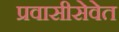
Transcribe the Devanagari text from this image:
प्रवासीसेवेत